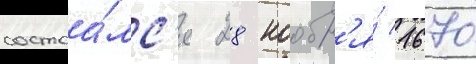
состоа́лс'я 28 ноабр'я́ 1670